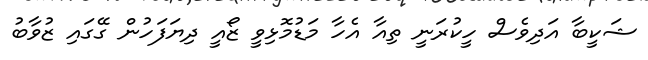
ޝަކީބާ އަދިވެސް ހީކުރަނީ ތިއާ އެހާ މަޑުމޮޅިވީ ޒޯއީ ދިޔަފަހުން ގޭގައި ޒުވާބު